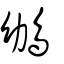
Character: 𩾮